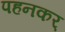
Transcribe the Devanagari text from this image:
पहनकर्